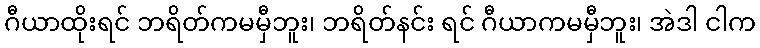
ဂီယာထိုးရင် ဘရိတ်ကမမှီဘူး၊ ဘရိတ်နင်း ရင် ဂီယာကမမှီဘူး၊ အဲဒါ ငါက